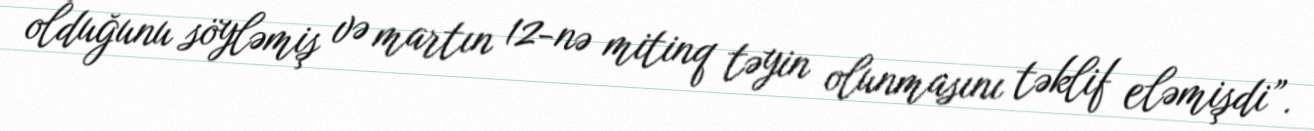
olduğunu söyləmiş və martın 12-nə mitinq təyin olunmasını təklif eləmişdi”.